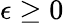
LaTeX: \epsilon\geq 0